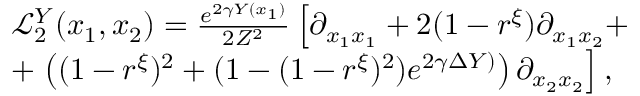
\begin{array} { r l } & { \mathcal L _ { 2 } ^ { Y } ( x _ { 1 } , x _ { 2 } ) = \frac { e ^ { 2 \gamma Y ( x _ { 1 } ) } } { 2 Z ^ { 2 } } \left[ \partial _ { x _ { 1 } x _ { 1 } } + 2 ( 1 - r ^ { \xi } ) \partial _ { x _ { 1 } x _ { 2 } } + \right. } \\ & { + \left. \left( ( 1 - r ^ { \xi } ) ^ { 2 } + ( 1 - ( 1 - r ^ { \xi } ) ^ { 2 } ) e ^ { 2 \gamma \Delta Y ) } \right) \partial _ { x _ { 2 } x _ { 2 } } \right] , } \end{array}